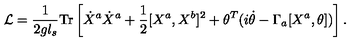
{ \cal L } = \frac { 1 } { 2 g l _ { s } } \mathrm { T r } \left[ \dot { X } ^ { a } \dot { X } ^ { a } + \frac { 1 } { 2 } [ X ^ { a } , X ^ { b } ] ^ { 2 } + \theta ^ { T } ( i \dot { \theta } - \Gamma _ { a } [ X ^ { a } , \theta ] ) \right] .